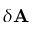
\delta { \bf A }